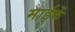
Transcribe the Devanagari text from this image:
माईकें